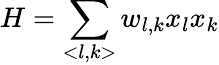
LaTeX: H=\sum_{<l,k>}w_{l,k}x_{l}x_{k}